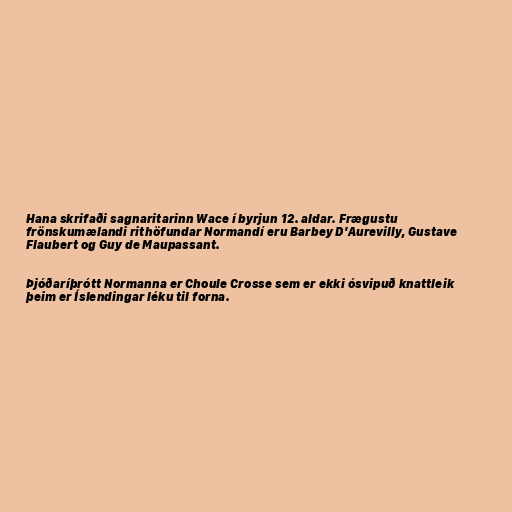
Hana skrifaði sagnaritarinn Wace í byrjun 12. aldar. Frægustu
frönskumælandi rithöfundar Normandí eru Barbey D'Aurevilly, Gustave
Flaubert og Guy de Maupassant.

Þjóðaríþrótt Normanna er Choule Crosse sem er ekki ósvipuð knattleik
þeim er Íslendingar léku til forna.